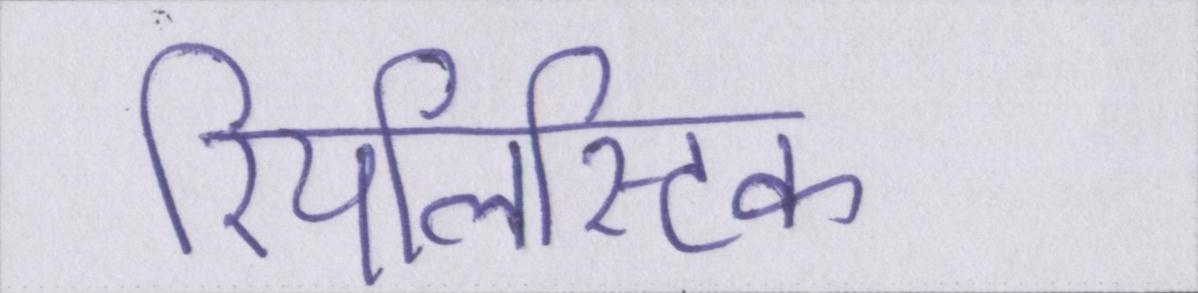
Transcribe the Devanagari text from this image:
रियलिस्टिक